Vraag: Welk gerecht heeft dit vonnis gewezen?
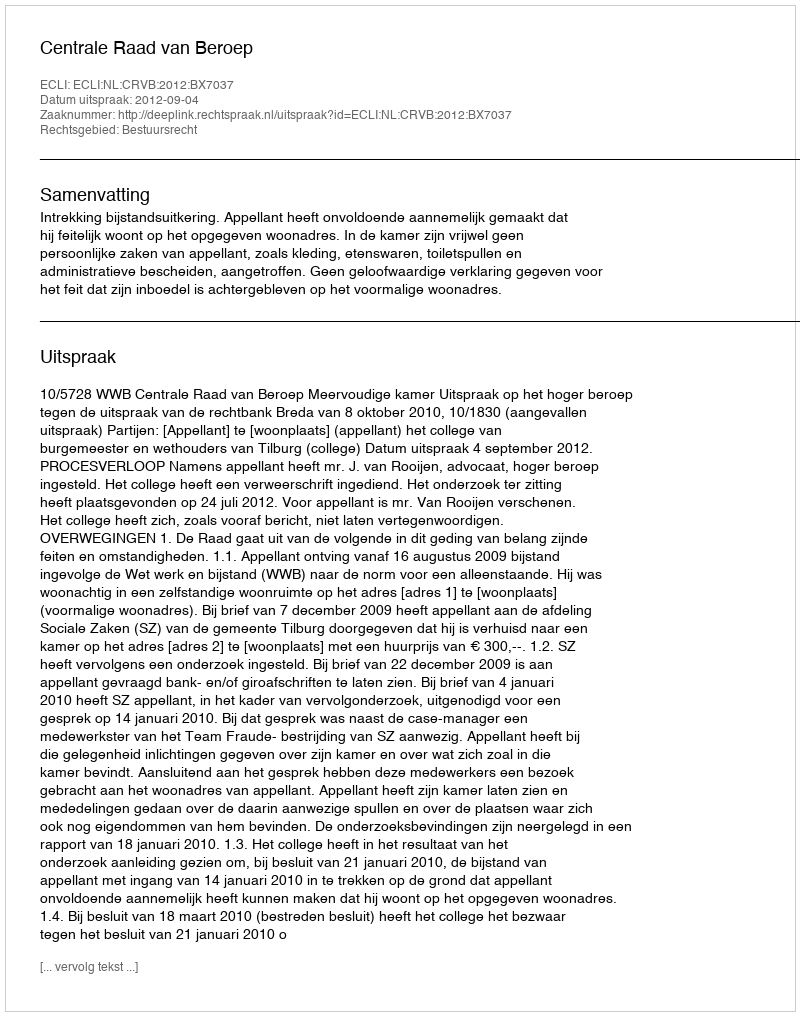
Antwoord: Centrale Raad van Beroep